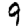
Digit: 9